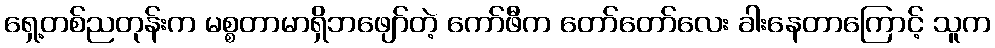
ရှေ့တစ်ညတုန်းက မစ္စတာမာရှိဘဖျော်တဲ့ ကော်ဖီက တော်တော်လေး ခါးနေတာကြောင့် သူက